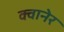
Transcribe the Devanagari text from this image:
क्वानेर